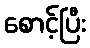
စောင့်ပြီး